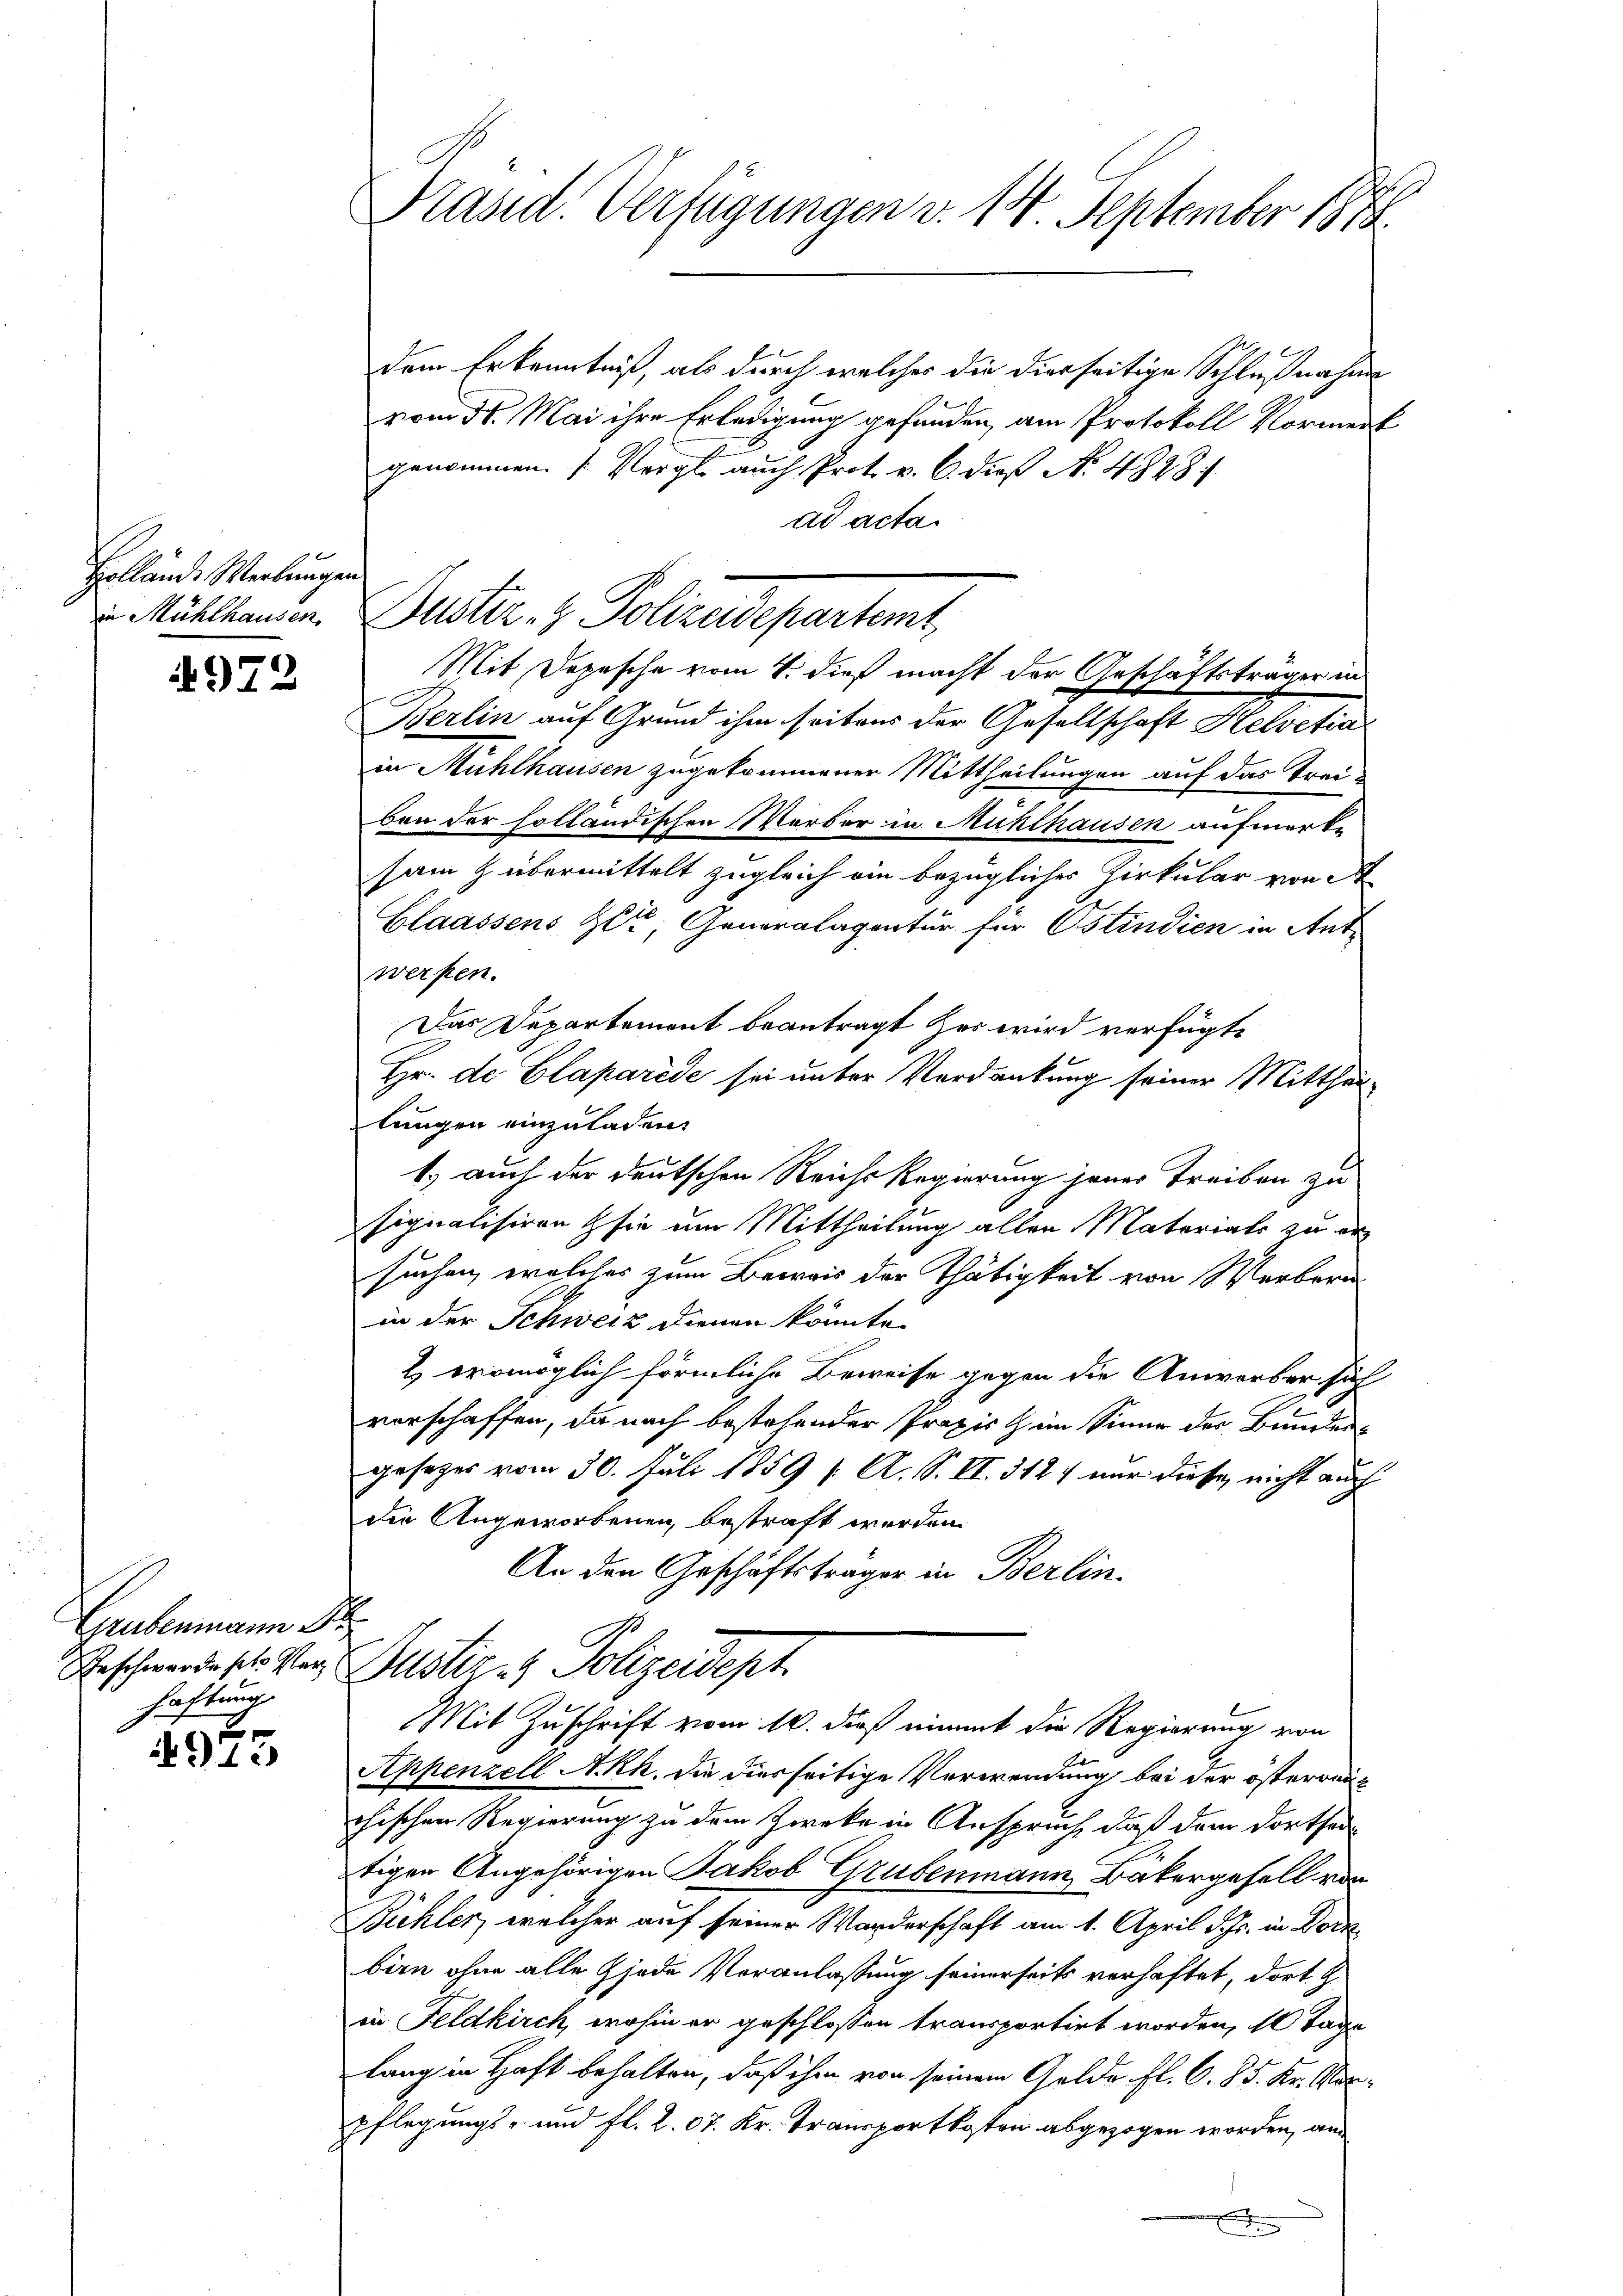
Hollände Werkungen

4972

Grubenmann P
haftung

E
15

Präsid. Verfügungen v. 14 September 1873.

dem Erkenntniß, als durch welcher die dierseitige Schlußnahme
vom 31. Mai ihre Erledigung gefunden, am Protokoll Vormerk
genommen. (Vergl. auch Prot. v. 6. dieß No. 4828.
ad acta.
in Mühlhausen zugekommener Mittheilungen auf das Trei-
bon der holländischen Werber in Mühlhausen aufmerke
sam z übermittelt zugleich ein bezügliches Zirkular von A
Claassens Zit; Generalagentur für Ostindien in Antwerfen.
Das Departement beantragt Her wird verfügte
Hr. de Claparede sei unter Verdankung seiner Mitthei
tungen einzuladen.
1.) auch der deutschen Reichs Regierung jener Treiben zu
signalisiren sie um Mittheilung allen Materials zu ersuchen, welches zum Beweis der Thätigkeit von Werbern
in der Schweiz dienen könnte
2) eromöglich förmliche Beweise gegen die Anwerber sich
vorschaffen, da nach bestehender Praxis im Sinne der Bunden
gesezes vom 30. Juli 1859 f. A. S. II. 312 nur diese nicht auch
die Angeworbenen bestraft werden.
An den Geschäftsträger in Berlin.
Geschwerdeste Ver Justiz- & Polizeidept
Mit Zuschrift vom 10. dieß einmit die Regierung von
Appenzell A.Rh. die diesseitige Verwendung bei der österreichischen Regierung zu dem Zwecke in Anspruch, daß dem dorthei
tigen Angehörigen Jakob Grubenmann, Bäkergesell von
Bühler, welcher auf seiner Warderschaft am 1. April d. Js. in Dorn
birn ohne alle jede Veranlassung seinerseits verhaftet, dort z.
in Feldkirch, wohin er geschloßen transportirt worden, 10 Tage
lang in Haft behalten, daß ihm von seinem Gelde fl. C. 85. Kr. Morpflegungs- und fl. 2. 07. Kr. Transportkosten abgezogen worden, an

in Mühlhausen. Dustiz- & Polizeidepartemt
Mit Depesche vom 4. dieß macht der Geschäftsträger in
Berlin auf Grund ihm seitens der Gesellschaft Helvetia